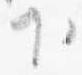
下